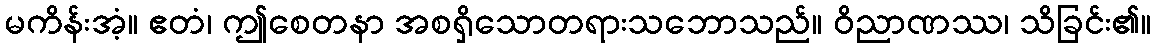
မကိန်းအံ့။ ဧတံ၊ ဤစေတနာ အစရှိသောတရားသဘောသည်။ ဝိညာဏဿ၊ သိခြင်း၏။